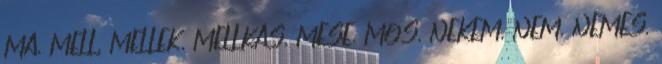
MA, MELL, MELLEK, MELLKAS, MESE, MOS, NEKEM, NEM, NEMES,